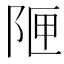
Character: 𮥇